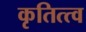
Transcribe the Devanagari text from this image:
कृतित्त्व